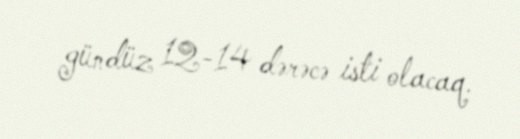
gündüz 12-14 dərəcə isti olacaq.